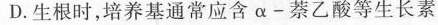
D.生根时，培养基通常应含α-萘乙酸等生长素